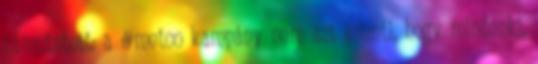
rámutatott: a #metoo kampány nem azt jelenti, hogy mindenki,